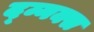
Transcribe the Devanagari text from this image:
द्म्नक्स